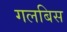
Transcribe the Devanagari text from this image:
गलबिस